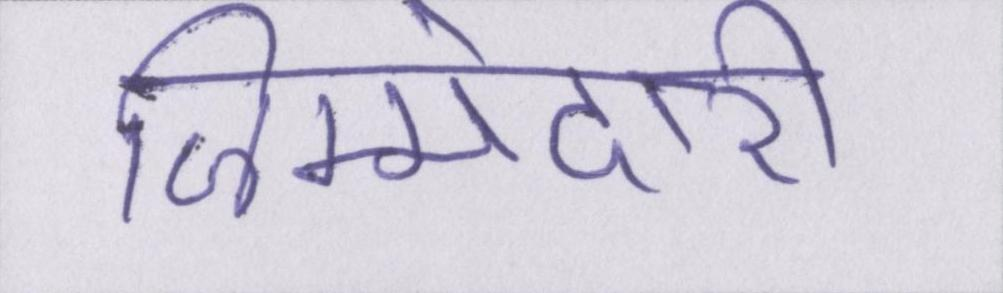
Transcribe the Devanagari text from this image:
जिम्मेदारी